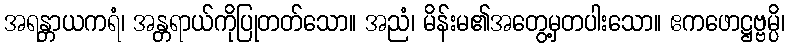
အရန္တာယကရံ၊ အန္တရာယ်ကိုပြုတတ်သော။ အညံ၊ မိန်းမ၏အတွေ့မှတပါးသော။ ဧကဖောဋ္ဌဗ္ဗမ္ပိ၊